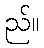
ည်။